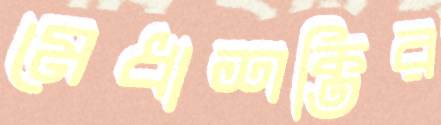
মেধাশক্তির